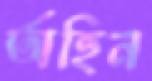
অহিন